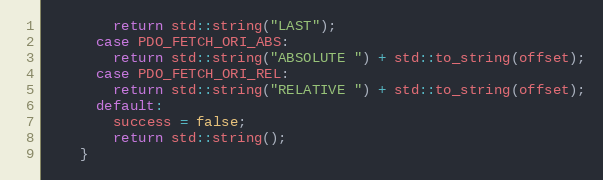
Language: C
        return std::string("LAST");
      case PDO_FETCH_ORI_ABS:
        return std::string("ABSOLUTE ") + std::to_string(offset);
      case PDO_FETCH_ORI_REL:
        return std::string("RELATIVE ") + std::to_string(offset);
      default:
        success = false;
        return std::string();
    }